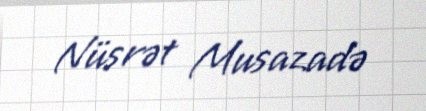
Nüsrət Musazadə